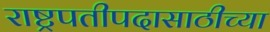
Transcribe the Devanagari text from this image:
राष्ट्रपतीपदासाठीच्या